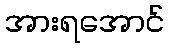
အားရအောင်